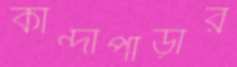
কান্দাপাড়ার